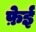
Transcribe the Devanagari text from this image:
फ़ेई